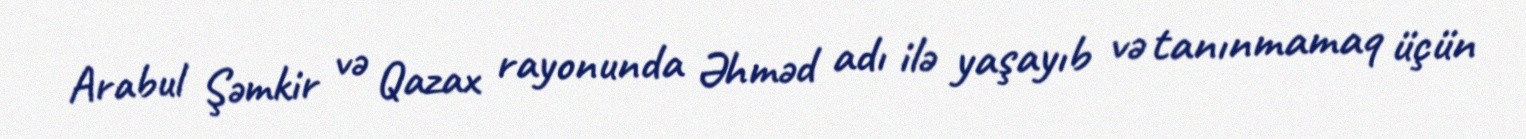
Arabul Şəmkir və Qazax rayonunda Əhməd adı ilə yaşayıb və tanınmamaq üçün